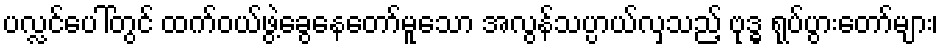
ပလ္လင်ပေါ်တွင် ထက်ဝယ်ဖွဲ့ခွေနေတော်မူသော အလွန်သပ္ပာယ်လှသည့် ဗုဒ္ဓ ရုပ်ပွားတော်များ၊